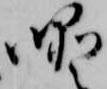
噯